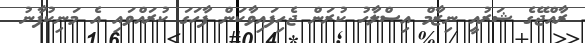
ރާއްޖޭގެ ޝަރުއީ ނިޒާމް އިސްލާހު ކުރަން ޖެހިފައިވާކަން ފާހަގަ ކުރައްވައި އެ މަނިކުފާނު